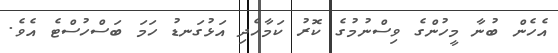
އެހެން ބުނާ މީހުންގެ ވިސްނުމުގެ ކޮރު ކަމާހެދި އަޅުގަނޑު ހަމަ ބަސްހުސްޓެ އެވެ.